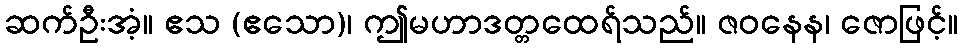
ဆက်ဦးအံ့။ ဧသ (ဧသော)၊ ဤမဟာဒတ္တထေရ်သည်။ ဇဝနေန၊ ဇောဖြင့်။